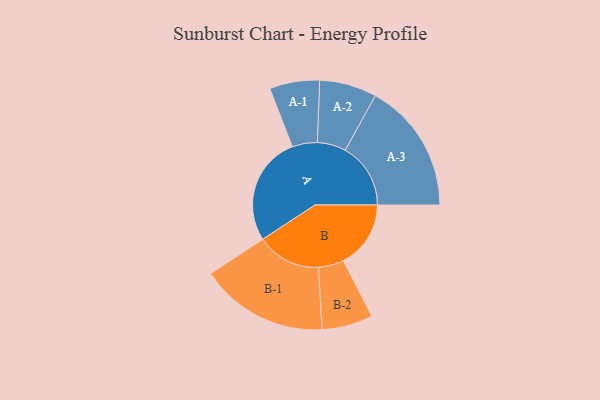
{"axis": {"x": "Segment", "y": "Value"}, "legend": ["", "A", "B"], "data": [{"x": "A", "y": 454, "type": ""}, {"x": "B", "y": 280, "type": ""}, {"x": "A-1", "y": 104, "type": "A"}, {"x": "A-2", "y": 119, "type": "A"}, {"x": "A-3", "y": 272, "type": "A"}, {"x": "B-1", "y": 267, "type": "B"}, {"x": "B-2", "y": 106, "type": "B"}]}